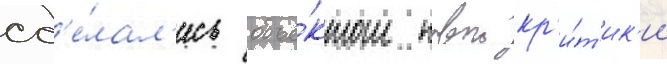
сд'е́лал'ись объе́ктом новои кр'и́т'ик'и